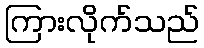
ကြားလိုက်သည်